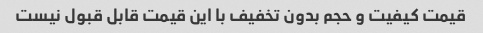
قیمت کیفیت و حجم بدون تخفیف با این قیمت قابل قبول نیست